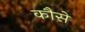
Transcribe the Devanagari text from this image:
कौसे